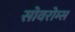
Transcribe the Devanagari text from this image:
सोवरोम्स